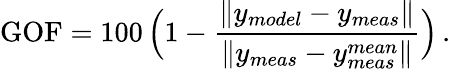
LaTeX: \mathrm{GOF}=100\, \Big(1-\frac{\| y_{model}-y_{meas}\| }{\| y_{meas}-y_{meas}^{mean}\| }\Big)\, .